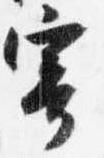
寄